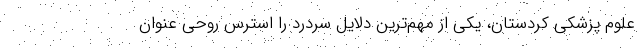
علوم پزشکی کردستان، یکی از مهم‌ترین دلایل سردرد را استرس روحی عنوان